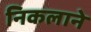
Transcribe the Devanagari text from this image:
निकलाने